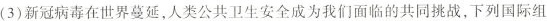
(3) 新冠病毒在世界蔓延，人类公共卫生安全成为我们面临的共同挑战，下列国际组织发挥组